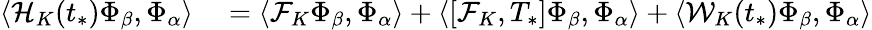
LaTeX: \begin{array}{rl}{\langle\mathcal{H}_{K}(t_{*})\Phi_{\beta},\Phi_{\alpha}\rangle}&{{}=\langle\mathcal{F}_{K}\Phi_{\beta},\Phi_{\alpha}\rangle+\langle[\mathcal{F}_{K},T_{*}]\Phi_{\beta},\Phi_{\alpha}\rangle+\langle\mathcal{W}_{K}(t_{*})\Phi_{\beta},\Phi_{\alpha}\rangle}\end{array}